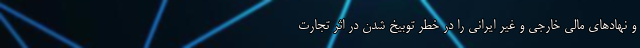
و نهادهای مالی خارجی و غیر ایرانی را در خطر توبیخ شدن در اثر تجارت